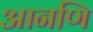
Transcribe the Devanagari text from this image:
आनणि